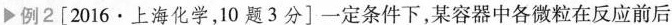
例2[2016·上海化学，10题3分]一定条件下，某容器中各微粒在反应前后